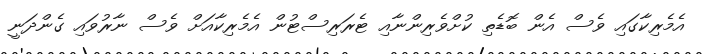
އެމެރިކާގައި ވެސް އެން ބޮޑެތި ކުށްވެރިންނާއި ޓެރަރިސްޓުން އެމެރިކާއަށް ވެސް ނާރުވައި ގެންދަނީ